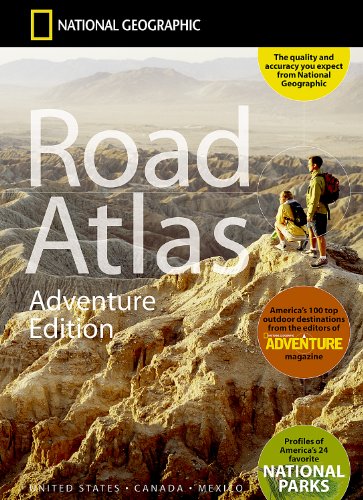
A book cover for National Geographic Road Atlas - Adventure Edition; National Geographic Maps; Reference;